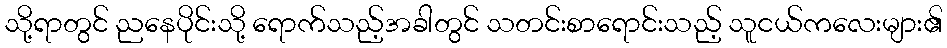
သို့ရာတွင် ညနေပိုင်းသို့ ရောက်သည့်အခါတွင် သတင်းစာရောင်းသည့် သူငယ်ကလေးများ၏